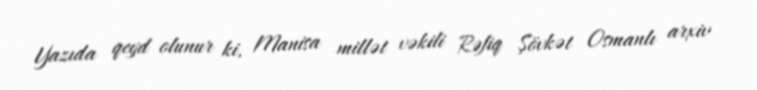
Yazıda qeyd olunur ki, Manisa millət vəkili Rəfiq Şövkət Osmanlı arxiv